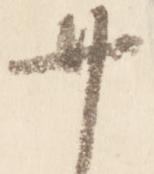
廿